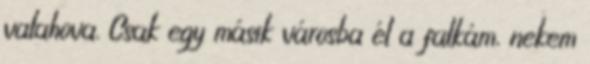
valahova. Csak egy másik városba él a falkám, nekem